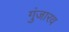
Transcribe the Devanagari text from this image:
गुंजारव